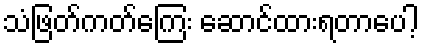
သံဖြတ်ကတ်ကြေး ဆောင်ထားရတာပေါ့